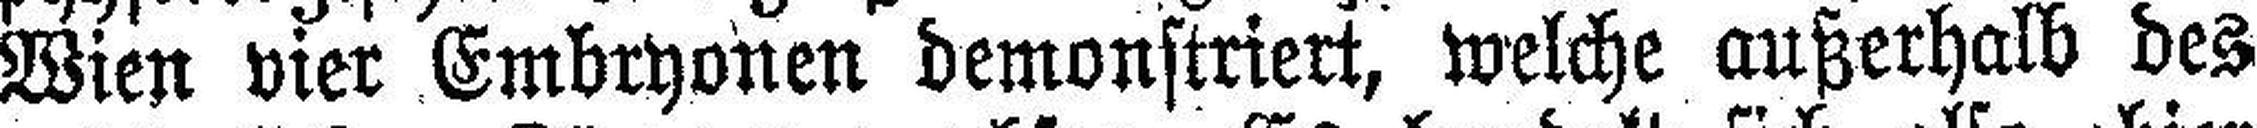
Wien vier Embryonen demonstriert, welche außerhalb des